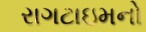
રાગટાઇમનો